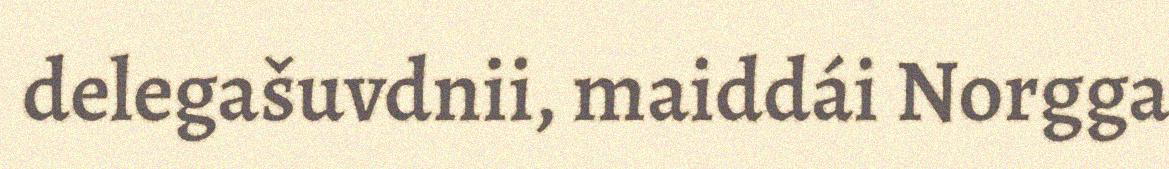
delegašuvdnii, maiddái Norgga